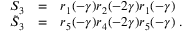
\begin{array} { r c l } { { S _ { 3 } } } & { { = } } & { { r _ { 1 } ( - \gamma ) r _ { 2 } ( - 2 \gamma ) r _ { 1 } ( - \gamma ) } } \\ { { \tilde { S } _ { 3 } } } & { { = } } & { { r _ { 5 } ( - \gamma ) r _ { 4 } ( - 2 \gamma ) r _ { 5 } ( - \gamma ) \; . } } \end{array}